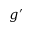
g ^ { \prime }